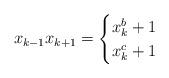
LaTeX: \begin{align*} x_{k-1}x_{k+1}= \begin{cases} x_k^b+1 & \\ x_k^c+1 & \end{cases}\end{align*}